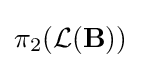
\pi _{2}({\mathcal {L}}(\mathbf {B} ))